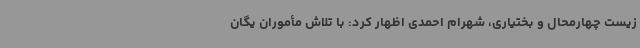
زیست چهارمحال و بختیاری، شهرام احمدی اظهار کرد: با تلاش مأموران یگان